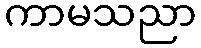
ကာမသညာ